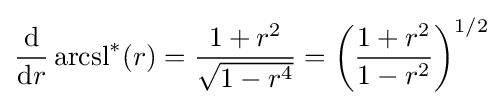
{\frac {\mathrm {d} }{\mathrm {d} r}}\operatorname {arcsl} ^{*}(r)={\frac {1+r^{2}}{\sqrt {1-r^{4}}}}={\biggl (}{\frac {1+r^{2}}{1-r^{2}}}{\biggr )}^{1/2}